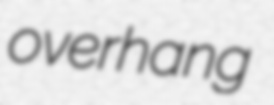
overhang